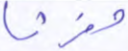
وفرشا